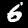
Digit: 6